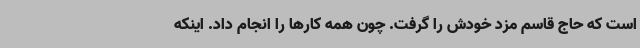
است که حاج قاسم مزد خودش را گرفت. چون همه کارها را انجام داد. اینکه